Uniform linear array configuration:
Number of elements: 32
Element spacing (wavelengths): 0.75
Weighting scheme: kaiser
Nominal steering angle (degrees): -30
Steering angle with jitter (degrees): -29.993
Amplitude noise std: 0.05
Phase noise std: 0.05

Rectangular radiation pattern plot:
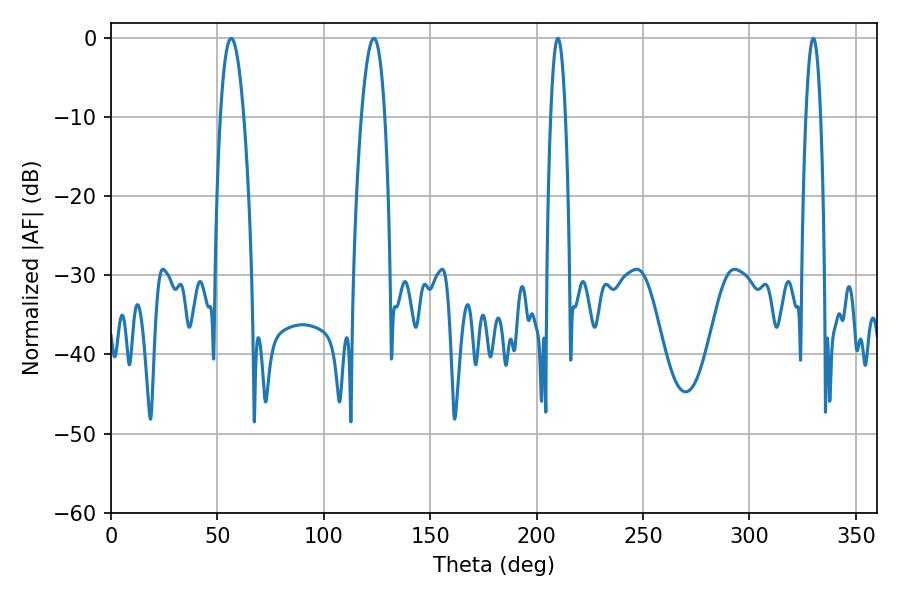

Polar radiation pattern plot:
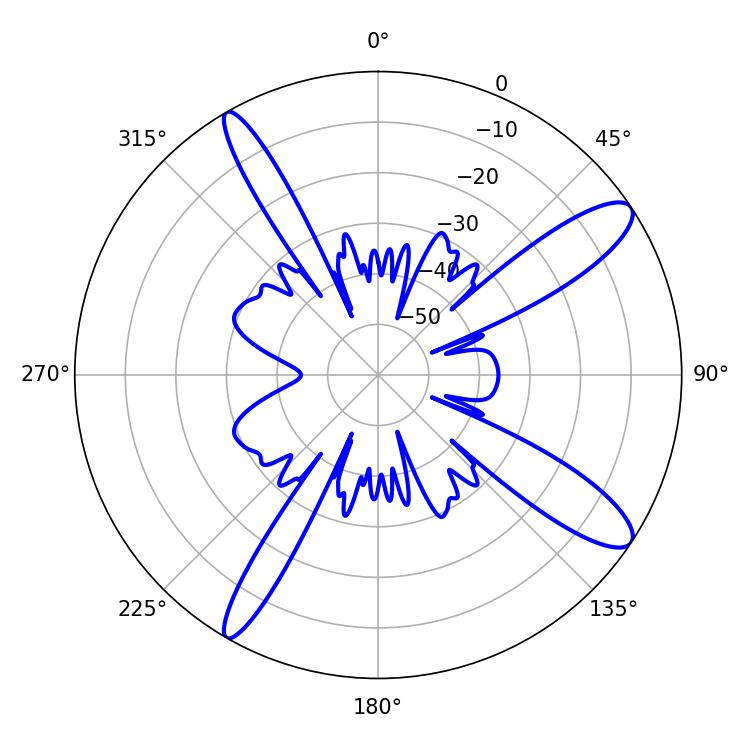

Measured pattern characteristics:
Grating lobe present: TRUE
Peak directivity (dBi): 12.292
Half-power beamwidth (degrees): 5.94
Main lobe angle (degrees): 56.52